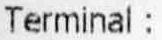
TERMINAL :